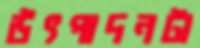
উৎপাদনটা